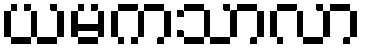
ယမကသာလာ